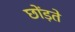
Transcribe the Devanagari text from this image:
छोंड़ते